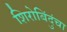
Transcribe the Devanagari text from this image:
शिरोबिंदुंचा